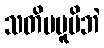
သတိမမူမိဘဲ